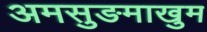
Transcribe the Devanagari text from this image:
अमसुङमाखुम